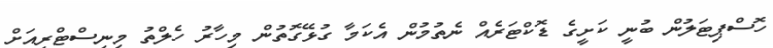
ހޮސްޕިޓަލުން ބުނީ ކަށީގެ ޑޮކްޓަރެއް ނެތުމުން އެކަމާ ގުޅޭގޮތުން މިހާރު ހެލްތު މިނިސްޓްރީއަށް